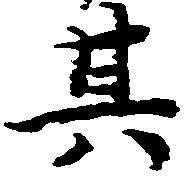
其